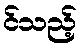
င်သည့်